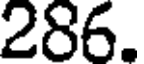
286.